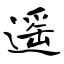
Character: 遥